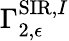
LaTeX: \Gamma_{2,\epsilon}^{\mathrm{SIR},I}